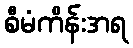
စီမံကိန်းအရ